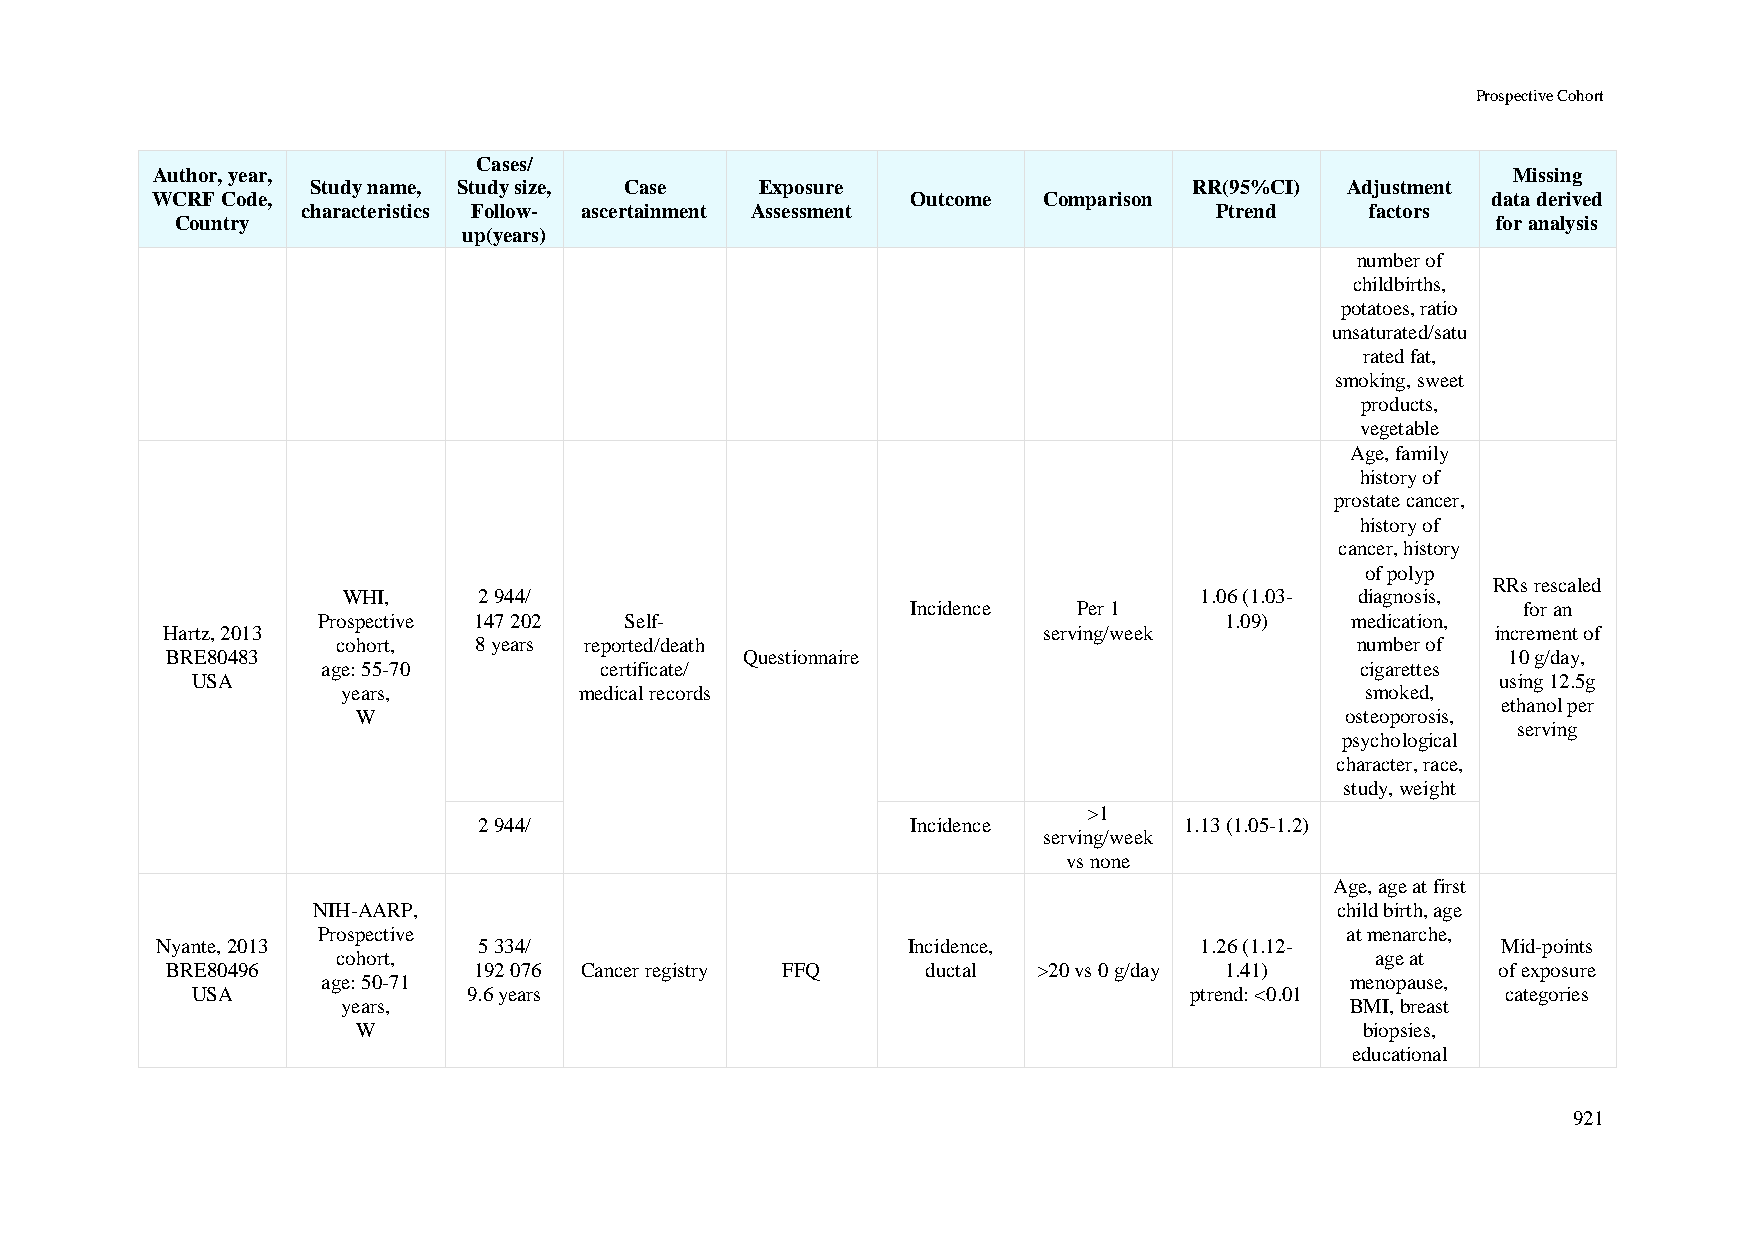
Prospective Cohort
 Cases/
 Author, year,                                                                             Missing
 Study name, Study size, Case Exposure                     RR(95%CI) Adjustment
 WCRF Code,                                        Outcome  Comparison                    data derived
 characteristics Follow- ascertainment Assessment            Ptrend     factors
 Country                                                                                for analysis
 up(years)
 number of
 childbirths,
 potatoes, ratio
 unsaturated/satu
 rated fat,
 smoking, sweet
 products,
 vegetable
 Age, family
 history of
 prostate cancer,
 history of
 cancer, history
 of polyp
 RRs rescaled
 WHI,     2 944/                                         1.06 (1.03- diagnosis,
 Incidence  Per 1                         for an
 Prospective 147 202 Self-                                   1.09)   medication,
 Hartz, 2013                                               serving/week                  increment of
 cohort,  8 years reported/death                                     number of
 BRE80483                              Questionnaire                                      10 g/day,
 age: 55-70         certificate/                                      cigarettes
 USA                                                                                   using 12.5g
 years,         medical records                                     smoked,
 ethanol per
 W                                                                osteoporosis,
 serving
 psychological
 character, race,
 study, weight
 >1
 2 944/                      Incidence         1.13 (1.05-1.2)
 serving/week
 vs none
 Age, age at first
 NIH-AARP,                                                          child birth, age
 Prospective                                                         at menarche,
 Nyante, 2013          5 334/                      Incidence,         1.26 (1.12-         Mid-points
 cohort,                                                              age at
 BRE80496            192 076 Cancer registry FFQ   ductal  >20 vs 0 g/day 1.41)          of exposure
 age: 50-71                                                          menopause,
 USA               9.6 years                                       ptrend: <0.01        categories
 years,                                                            BMI, breast
 W                                                                 biopsies,
 educational
 921